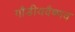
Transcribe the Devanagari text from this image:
गौडीयवैष्णव